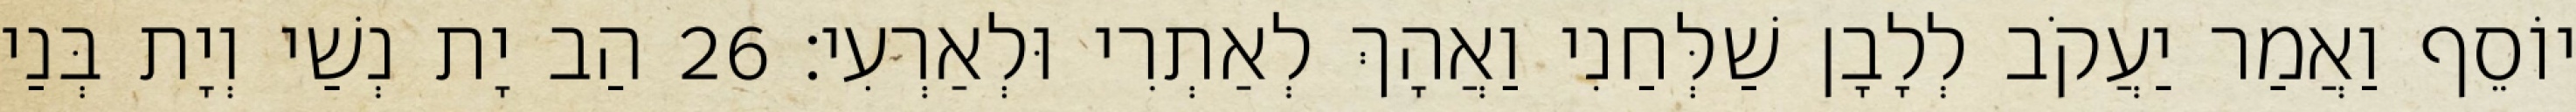
יוֹסֵף וַאֲמַר יַעֲקֹב לְלָבָן שַׁלְּחַנִי וַאֲהָךְ לְאַתְרִי וּלְאַרְעִי׃ 26 הַב יָת נְשַׁי וְיָת בְּנַי